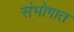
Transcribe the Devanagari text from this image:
संभोगात